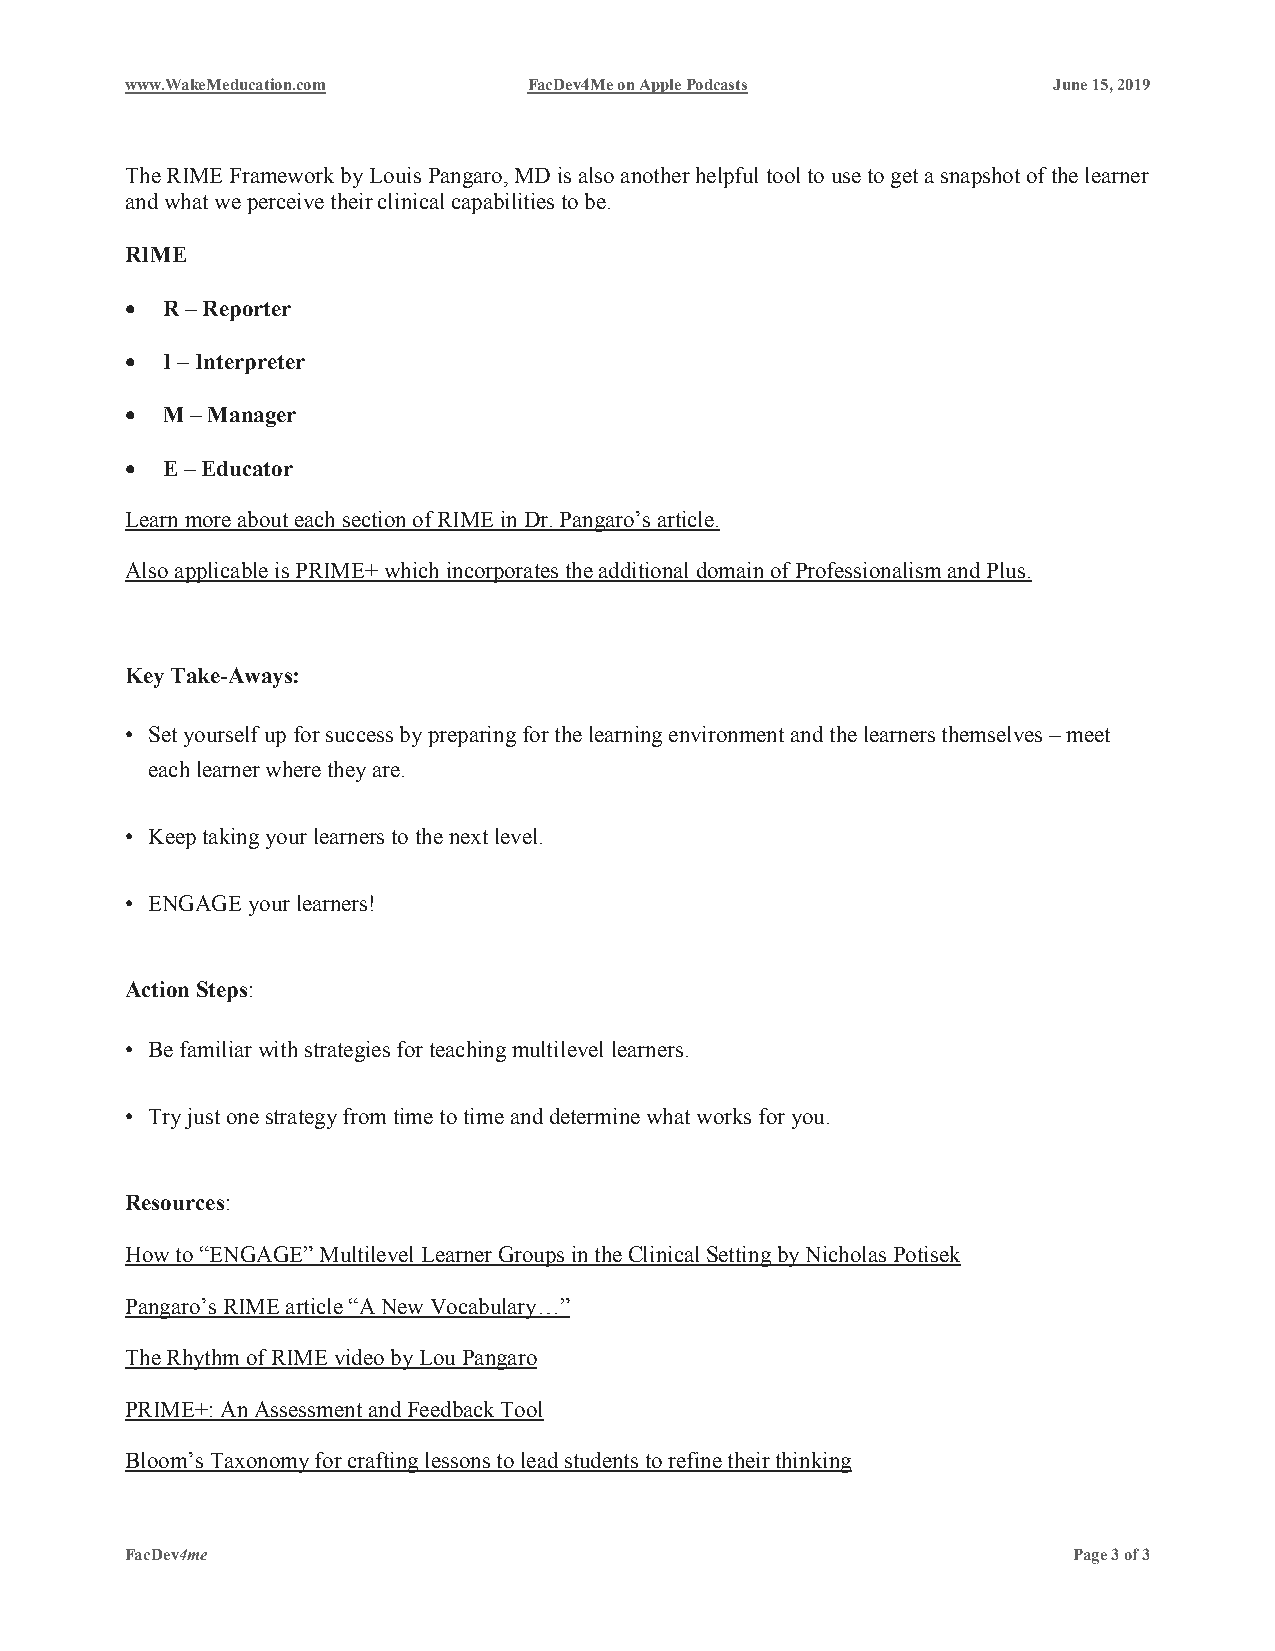
www.WakeMeducation.com     FacDev4Me on Apple Podcasts        June 15, 2019
 The RIME Framework by Louis Pangaro, MD is also another helpful tool to use to get a snapshot of the learner
 and what we perceive their clinical capabilities to be.
 RIME
 •  R – Reporter
 •  I – Interpreter
 •  M – Manager
 •  E – Educator
 Learn more about each section of RIME in Dr. Pangaro’s article.
 Also applicable is PRIME+ which incorporates the additional domain of Professionalism and Plus.
 Key Take-Aways:
 • Set yourself up for success by preparing for the learning environment and the learners themselves – meet
 each learner where they are.
 • Keep taking your learners to the next level.
 • ENGAGE your learners!
 Action Steps:
 • Be familiar with strategies for teaching multilevel learners.
 • Try just one strategy from time to time and determine what works for you.
 Resources:
 How to “ENGAGE” Multilevel Learner Groups in the Clinical Setting by Nicholas Potisek
 Pangaro’s RIME article “A New Vocabulary…”
 The Rhythm of RIME video by Lou Pangaro
 PRIME+: An Assessment and Feedback Tool
 Bloom’s Taxonomy for crafting lessons to lead students to refine their thinking
 FacDev4me                                                      Page 3 of 3